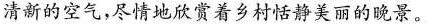
清新的空气，尽情地欣赏着乡村恬静美丽的晚景。